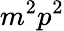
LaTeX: m^{2}p^{2}